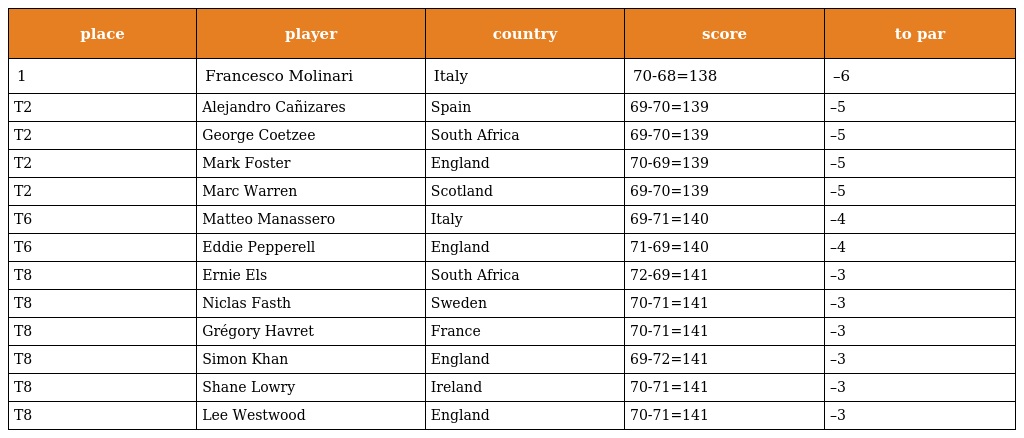
| place | player | country | score | to par |
 | --- | --- | --- | --- | --- |
 | 1 | Francesco Molinari | Italy | 70-68=138 | –6 |
 | T2 | Alejandro Cañizares | Spain | 69-70=139 | –5 |
 | T2 | George Coetzee | South Africa | 69-70=139 | –5 |
 | T2 | Mark Foster | England | 70-69=139 | –5 |
 | T2 | Marc Warren | Scotland | 69-70=139 | –5 |
 | T6 | Matteo Manassero | Italy | 69-71=140 | –4 |
 | T6 | Eddie Pepperell | England | 71-69=140 | –4 |
 | T8 | Ernie Els | South Africa | 72-69=141 | –3 |
 | T8 | Niclas Fasth | Sweden | 70-71=141 | –3 |
 | T8 | Grégory Havret | France | 70-71=141 | –3 |
 | T8 | Simon Khan | England | 69-72=141 | –3 |
 | T8 | Shane Lowry | Ireland | 70-71=141 | –3 |
 | T8 | Lee Westwood | England | 70-71=141 | –3 |